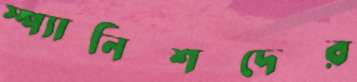
স্প্যানিশদের